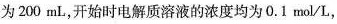
为200mL，开始时电解质溶液的浓度均为0.1mol/L，